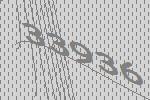
33936